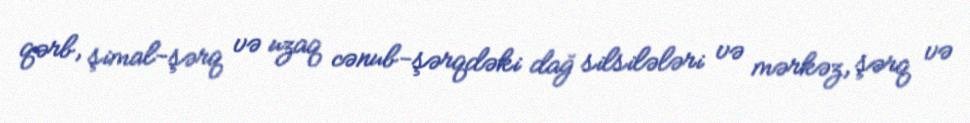
qərb, şimal-şərq və uzaq cənub-şərqdəki dağ silsilələri və mərkəz, şərq və